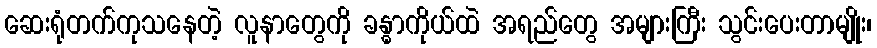
ဆေးရုံတက်ကုသနေတဲ့ လူနာတွေကို ခန္ဓာကိုယ်ထဲ အရည်တွေ အများကြီး သွင်းပေးတာမျိုး၊